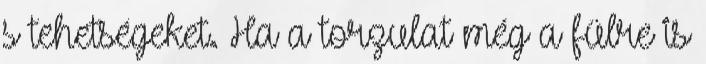
s tehetségeket. Ha a torzulat még a fülre is